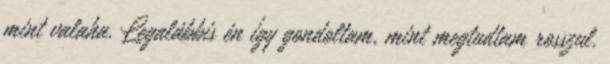
mint valaha. Legalábbis én így gondoltam, mint megtudtam rosszul.